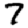
Digit: 7